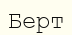
Берт